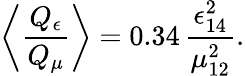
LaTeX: \left\langle\frac{Q_{\epsilon}}{Q_{\mu}}\right\rangle=0.34\, \frac{\epsilon_{14}^{2}}{\mu_{12}^{2}}.